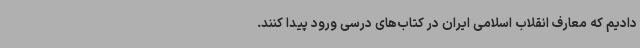
دادیم که معارف انقلاب اسلامی ایران در کتاب‌های درسی ورود پیدا کنند.